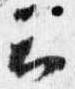
云